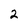
Character: 2